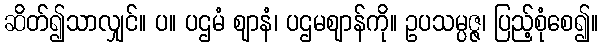
ဆိတ်၍သာလျှင်။ ပ။ ပဌမံ ဈာနံ၊ ပဌမဈာန်ကို။ ဥပသမ္ပဇ္ဇ၊ ပြည့်စုံစေ၍။